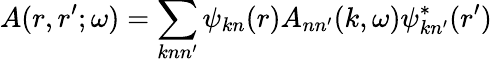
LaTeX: A(r,r^{\prime};\omega)=\sum_{knn^{\prime}}\psi_{kn}(r)A_{nn^{\prime}}(k,\omega)\psi_{kn^{\prime}}^{*}(r^{\prime})